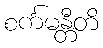
စင်္ကမန္တီတိ